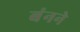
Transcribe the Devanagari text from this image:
बंनने